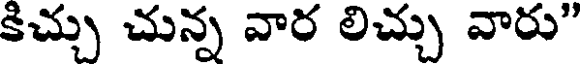
కిచ్చు చున్న వార లిచ్చు వారు"